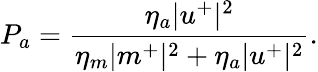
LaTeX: P_{a}=\frac{\eta_{a}|u^{+}|^{2}}{\eta_{m}|m^{+}|^{2}+\eta_{a}|u^{+}|^{2}}.